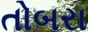
તોબરા